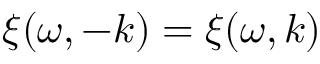
\xi ( \omega , - \boldsymbol { k } ) = \xi ( \omega , \boldsymbol { k } )